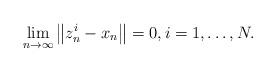
LaTeX: \begin{align*}\lim_{n\to\infty}\left\|z^i_n-x_n\right\|=0, i=1,\ldots,N.\end{align*}